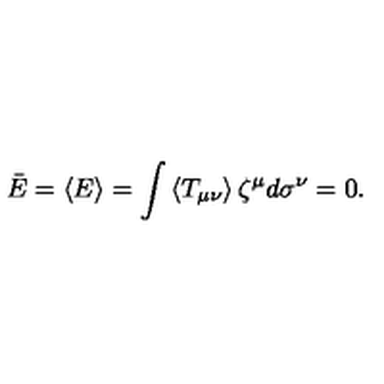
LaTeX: \bar { E } = \left\langle E \right\rangle = \int \left\langle T _ { \mu \nu } \right\rangle \zeta ^ { \mu } d \sigma ^ { \nu } = 0 .